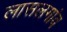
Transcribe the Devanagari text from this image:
लासलगांव